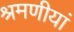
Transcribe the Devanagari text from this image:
श्रमणीयां